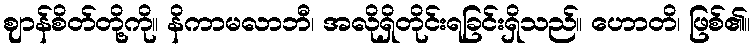
ဈာန်စိတ်တို့ကို။ နိကာမလာဘီ၊ အလိုရှိတိုင်းရခြင်းရှိသည်။ ဟောတိ၊ ဖြစ်၏။